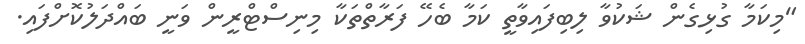
"މިކަމާ ގުޅިގެން ޝަކުވާ ލިބިފައިވާތީ ކަމާ ބެހޭ ފަރާތްތަކާ މިނިސްޓްރީން ވަނީ ބައްދަލުކޮށްފައި.